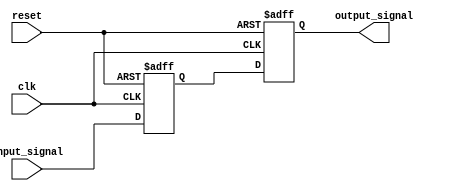
module Timing_control_sync_block(
    input wire clk,
    input wire reset,
    input wire input_signal,
    output reg output_signal
);

reg delayed_signal;

always @(posedge clk or posedge reset) begin
    if (reset) begin
        delayed_signal <= 1'b0;
        output_signal <= 1'b0;
    end else begin
        delayed_signal <= input_signal;
        output_signal <= delayed_signal;
    end
end

endmodule